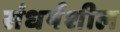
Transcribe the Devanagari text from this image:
संधर्षशील